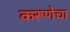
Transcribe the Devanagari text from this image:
करूणेचा